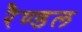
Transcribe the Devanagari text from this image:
रैण्डल